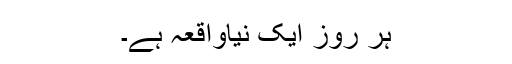
ہر روز ایک نیاواقعہ ہے۔